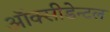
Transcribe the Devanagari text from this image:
ऑक्सीडेन्टल